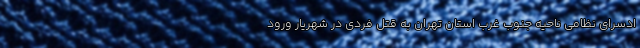
ادسرای نظامی ناحیه جنوب غرب استان تهران به قتل فردی در شهریار ورود